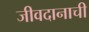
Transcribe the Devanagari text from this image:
जीवदानाची